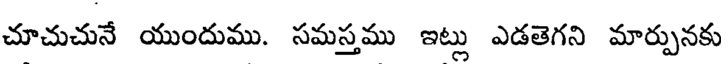
చూచుచునే యుందుము. సమస్తము ఇట్లు ఎడతెగని మార్పునకు